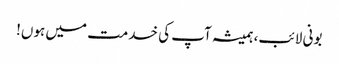
بونی لائب، ہمیشہ آپ کی خدمت میں ہوں!